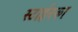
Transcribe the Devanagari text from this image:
स्टाईनका